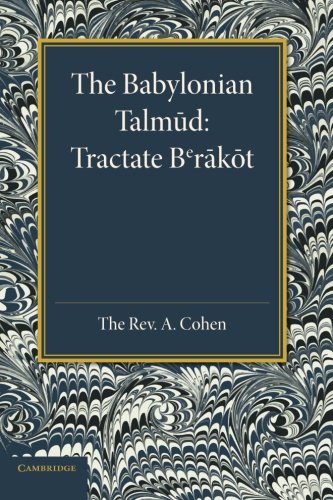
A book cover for The Babylonian Talmud: Translated into English for the First Time, with Introduction, Commentary, Glossary and Indices; History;